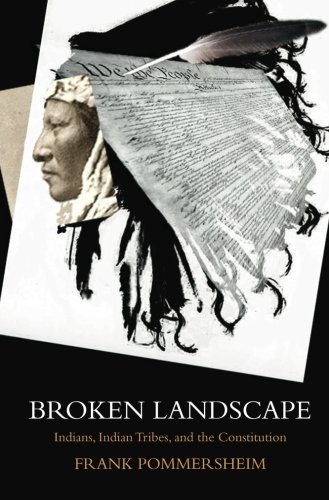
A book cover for Broken Landscape: Indians, Indian Tribes, and the Constitution; Frank Pommersheim; Law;